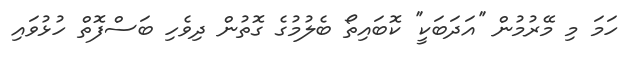
ހަމަ މި މޭރުމުން ''އަދަބަކީ'' ކޮބައިތޯ ބެލުމުގެ ގޮތުން ދިވެހި ބަސްފޮތް ހުޅުވައި